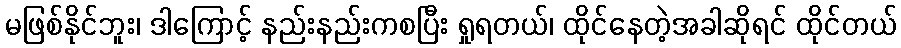
မဖြစ်နိုင်ဘူး၊ ဒါကြောင့် နည်းနည်းကစပြီး ရှုရတယ်၊ ထိုင်နေတဲ့အခါဆိုရင် ထိုင်တယ်